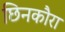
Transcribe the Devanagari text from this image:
छिनकौरा